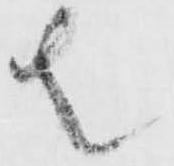
者